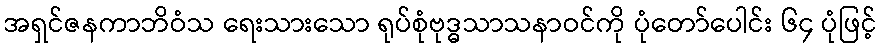
အရှင်ဇနကာဘိဝံသ ရေးသားသော ရုပ်စုံဗုဒ္ဓသာသနာဝင်ကို ပုံတော်ပေါင်း ၆၄ ပုံဖြင့်